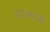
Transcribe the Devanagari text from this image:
परभानी